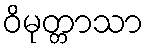
ဝိမုတ္တာသာ